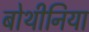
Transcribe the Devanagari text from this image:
बोथीनिया